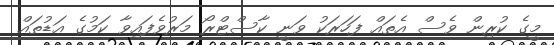
މީގެ ކުރިން ވެސް އެތައް ފަހަރަކު ވަނީ ކާސްޓްރޯ މަރުވެފައިވާ ކަމުގެ އަޑުތައް